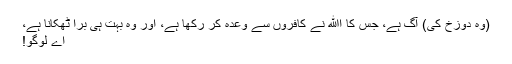
(وہ دوزخ کی) آگ ہے، جس کا اﷲ نے کافروں سے وعدہ کر رکھا ہے، اور وہ بہت ہی برا ٹھکانا ہے،
اے لوگو!